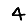
Digit: 4